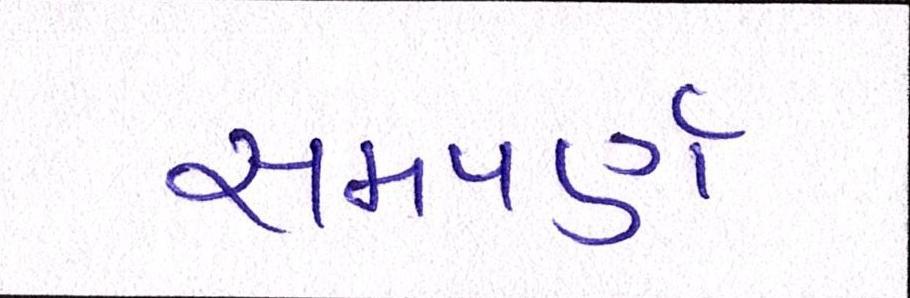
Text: સમપર્ણ